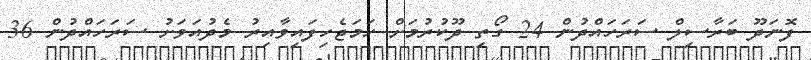
ފޮނަދޫ ބަރާސިލް ސަރަހައްދުން 24 ގޯތި ދޫކުރުމަށް ހަމަޖެހިފައިވާއިރު މެދުއަވަށު ސަރަހައްދުން 36